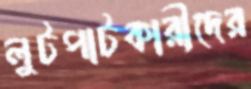
লুটপাটকারীদের